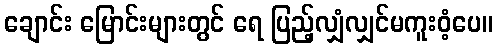
ချောင်း မြောင်းများတွင် ရေ ပြည့်လျှံလျှင်မကူးဝံ့ပေ။